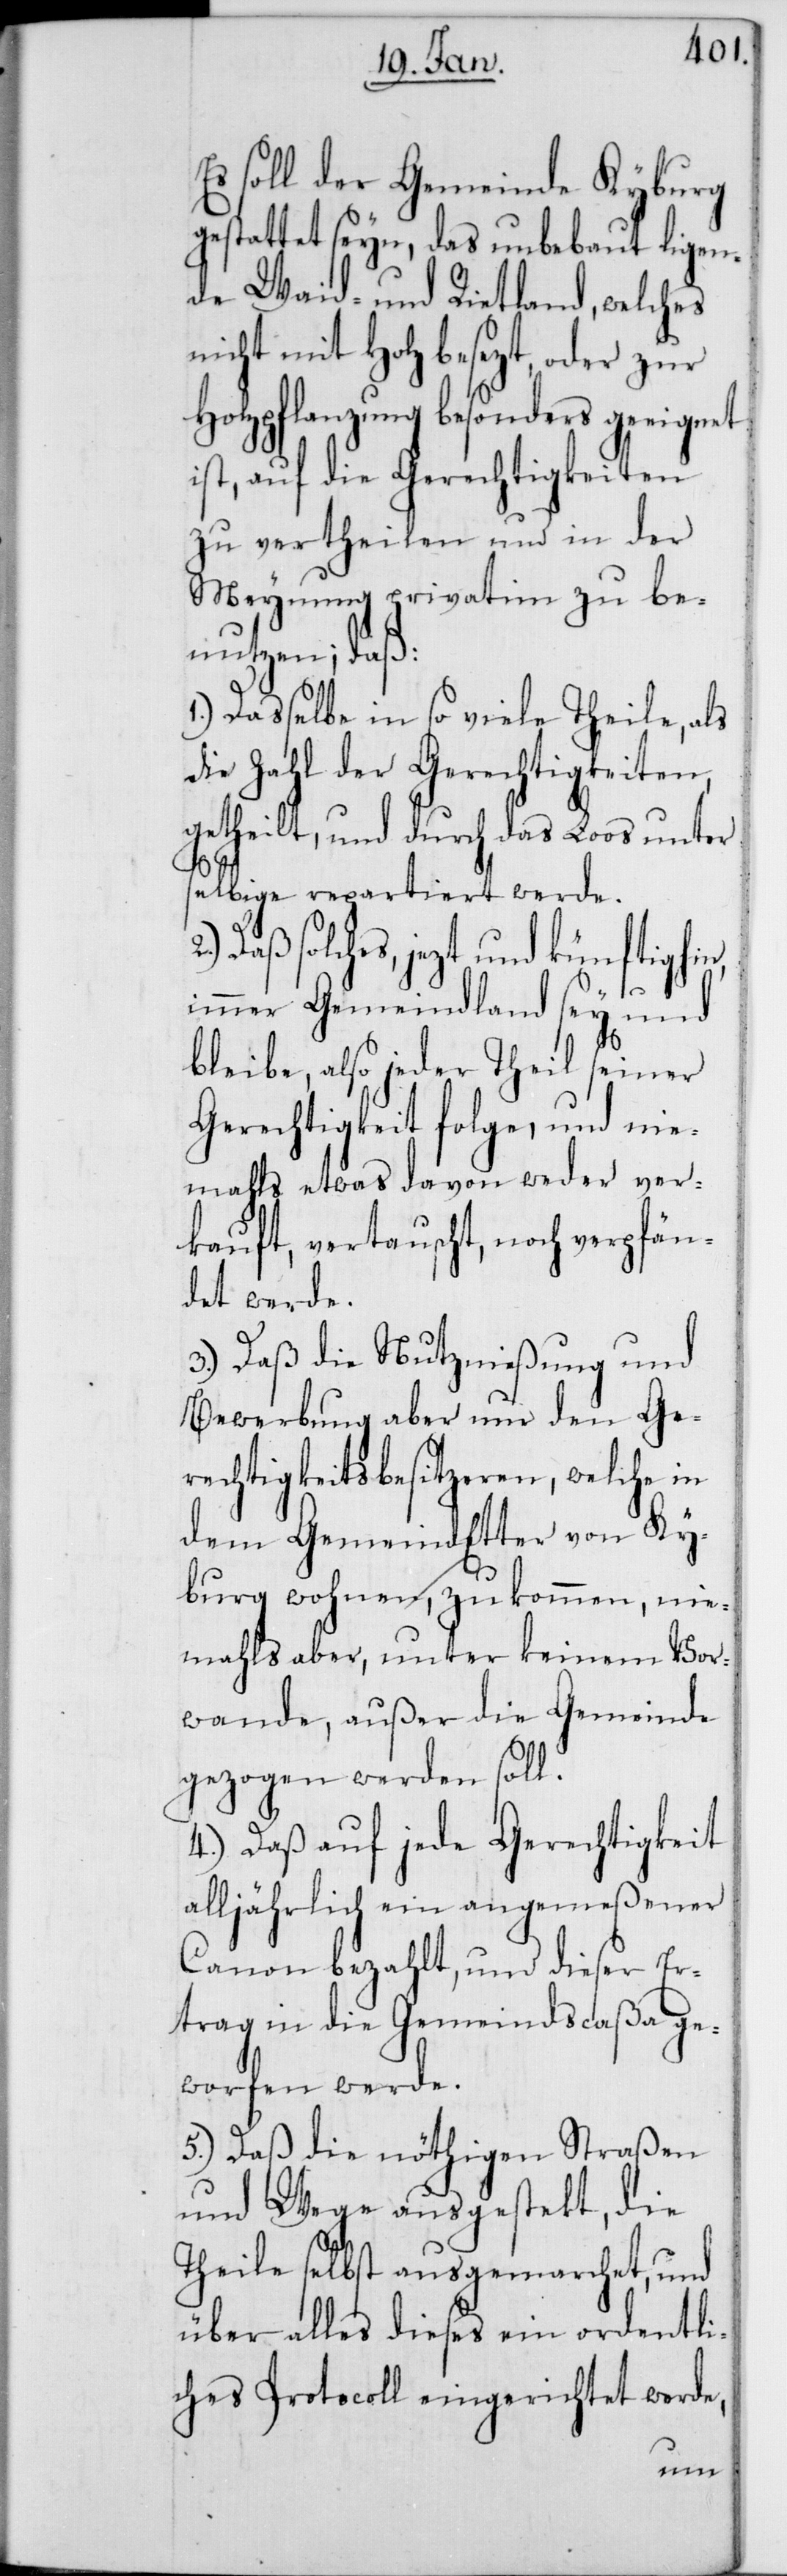
Es soll der Gemeinde Kyburg
gestattet seyn, das unbebaut ligen¬
de Waid- und Rietland, welches
nicht mit Holz besezt, oder zur
Holzpflanzung besonders geeignet
ist, auf die Gerechtigkeiten
zu vertheilen und in der
Meinung privatim zu be¬
nutzen, daß:
1.) Dasselbe in so viele Theile, als
die Zahl der Gerechtigkeiten
getheilt, und durch das Loos unter
selbige repartiert werde.
Daß solches, jezt und künftighin,
immer Gemeindland sey und
bleibe, also jeder Theil seiner
Gerechtigkeit folge, und nie¬
mahls etwas davon weder ver¬
kauft, vertauscht, noch verpfän¬
det werde.
3.) Daß die Nutznießung und
Bewerbung aber nur den Ge¬
rechtigkeitsbesitzeren, welche in
burg wohnen, zukommen, nie¬
mahls aber, unter keinem Vor¬
wande, außer die Gemeinde
Ky¬
gezogen werden soll.
4.) Daß auf jede Gerechtigkeit
alljährlich ein angemeßener
Canon bezahlt, und dieser Er¬
trag in die Gemeindscaßa ge¬
worfen werde.
5.) Daß die nöthigen Straßen
und Wege ausgestekt, die
Theile selbst ausgemarchet, und
über alles dieses ein ordentli¬
ches Protocoll eingerichtet werde,